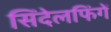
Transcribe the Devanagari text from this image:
सिंदेलफिंगें